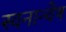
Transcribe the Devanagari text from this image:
स्वनान्वेष